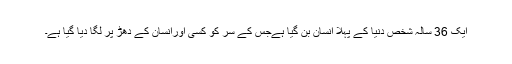
ایک 36 سالہ شخص دنیا کے پہلا انسان بن گیا ہےجس کے سر کو کسی اورانسان کے دھڑ پر لگا دیا گیا ہے۔